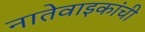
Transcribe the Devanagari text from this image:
नातेवाइकांची